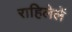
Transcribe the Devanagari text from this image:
राहिलेलें